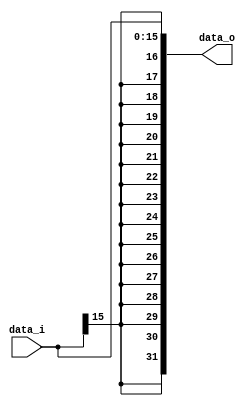
module Sign_Extend( data_i, data_o );

//I/O ports
input	[16-1:0] data_i;
output	[32-1:0] data_o;

//Internal Signals
wire	[32-1:0] data_o;

assign data_o[15:0] = data_i;
assign data_o[31:16] = {16{data_i[15]}};

endmodule